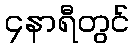
၄နာရီတွင်